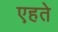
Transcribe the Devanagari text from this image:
एहते